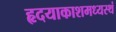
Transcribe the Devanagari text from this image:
हृदयाकाशमध्यस्थं